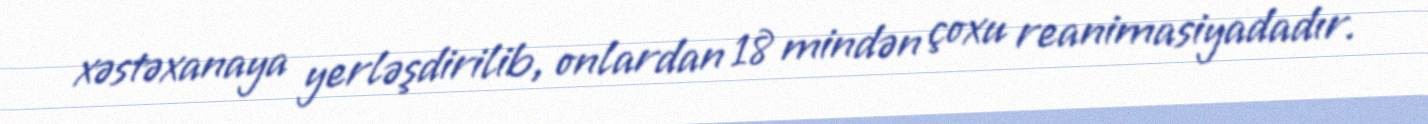
xəstəxanaya yerləşdirilib, onlardan 18 mindən çoxu reanimasiyadadır.